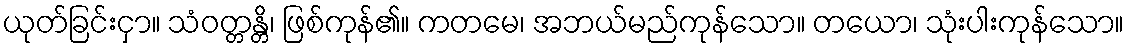
ယုတ်ခြင်းငှာ။ သံဝတ္တန္တိ၊ ဖြစ်ကုန်၏။ ကတမေ၊ အဘယ်မည်ကုန်သော။ တယော၊ သုံးပါးကုန်သော။